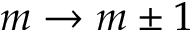
m \rightarrow m \pm 1